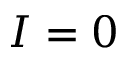
I = 0